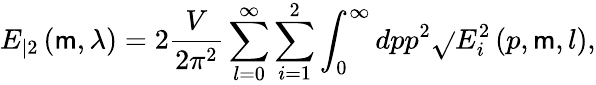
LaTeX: E_{|2}\left(\mathsf{m},\lambda\right)=2\frac{V}{{2\pi^{2}}}\sum_{l=0}^{\infty}\sum_{i=1}^{2}\int_{0}^{\infty}dpp^{2}\sqrt{}{{E_{i}^{2}\left(p,\mathsf{m},l\right)}},